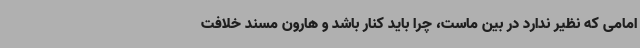
امامی که نظیر ندارد در بین ماست، چرا باید کنار باشد و هارون مسند خلافت